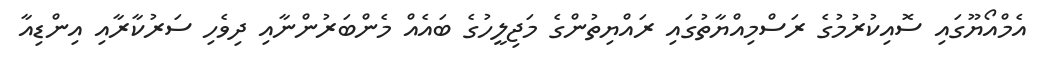
އެމްއޯޔޫގައި ސޮއިކުރުމުގެ ރަސްމިއްޔާތުގައި ރައްޔިތުންގެ މަޖިލީހުގެ ބައެއް މެންބަރުންނާއި ދިވެހި ސަރުކާރާއި އިންޑިއާ